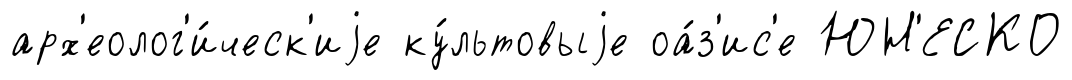
арх'еолог'и́ческ'иjе ку́льтовыjе оа́з'ис'е ЮН'ЕСКО